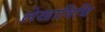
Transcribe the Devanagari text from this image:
लेखाविधि